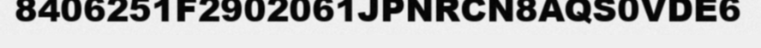
8406251F2902061JPNRCN8AQS0VDE6